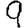
Digit: 9